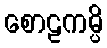
စောဠကမ္ပိ